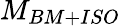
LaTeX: M_{BM+ISO}